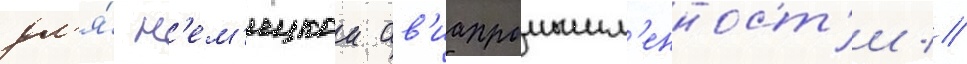
дл'я́ н'ем'ецкои ав'иапромышл'енност'и //